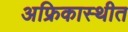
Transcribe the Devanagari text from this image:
अफ्रिकास्थीत